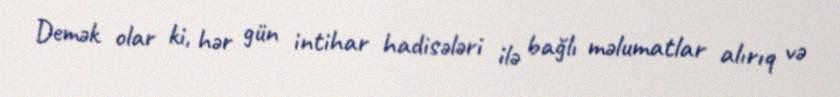
Demək olar ki, hər gün intihar hadisələri ilə bağlı məlumatlar alırıq və